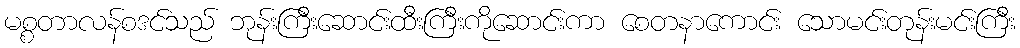
မစ္စတာလန်စဒင်သည် ဘုန်းကြီးဆောင်းထီးကြီးကိုဆောင်းကာ စေတနာကောင်း သောမင်းတုန်းမင်းကြီး